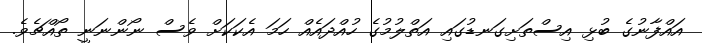
އައްފާނުގެ ބުޅި އިސްތަށިގަނޑުގައި އަތްލުމުގެ ހުއްދައެއް ހަމަ އެކަކަށް ވެސް ނޯންނަނީ ތޯއްޗެވެ.